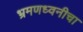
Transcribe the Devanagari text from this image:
भ्रमणध्वनीचा